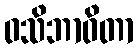
ဝသိဘာဝိတာ